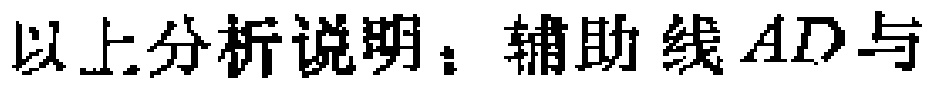
以上分析说明：辅助线 \(AD\) 与